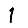
Digit: 1